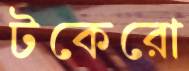
টকেরো